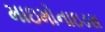
માઇમોનાઇડસ